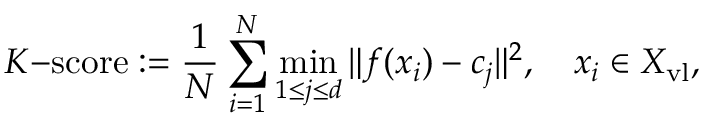
K \mathrm { - s c o r e } : = \frac { 1 } { N } \sum _ { i = 1 } ^ { N } \operatorname* { m i n } _ { 1 \leq j \leq d } \| \boldsymbol { f } ( \boldsymbol { x } _ { i } ) - \boldsymbol { c } _ { j } \| ^ { 2 } , \quad \boldsymbol { x } _ { i } \in X _ { \mathrm { v l } } ,